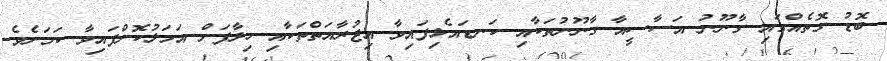
ބޮޑު ގޮތެއްގައި ގާނޫނު އަސާސީއާ ގާނޫނުތަކާއި ކަނޑައެޅިފައިވާ އިޖުރާއަތްތަކާއި ހިލާފަށް އަމަލުކޮށްފައިވާ ކަމަށެވެެ.